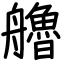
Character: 艪